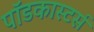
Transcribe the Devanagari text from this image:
पॉडकास्टर्स